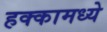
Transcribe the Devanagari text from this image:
हक्कामध्ये